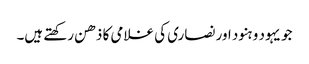
جو یہود و ہنود اور نصاری کی غلامی کا ذھن رکھتے ہیں۔